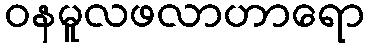
ဝနမူလဖလာဟာရော